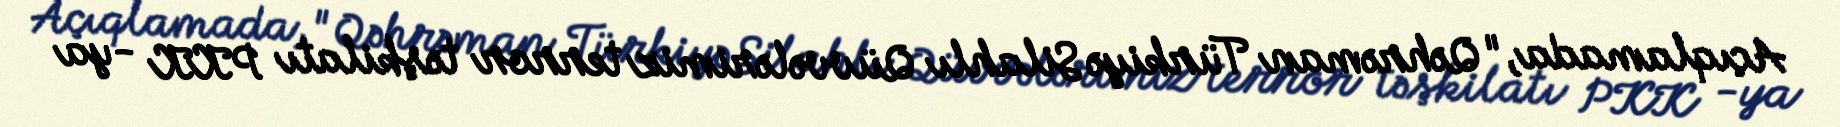
Açıqlamada, "Qəhrəman Türkiyə Silahlı Qüvvələrimiz terror təşkilatı PKK -ya